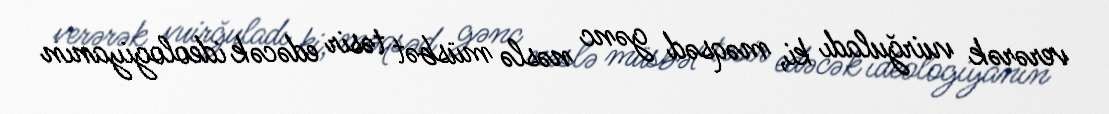
verərək vuirğuladı ki, məqsəd gənc nəslə müsbət təsir edəcək ideologiyanın